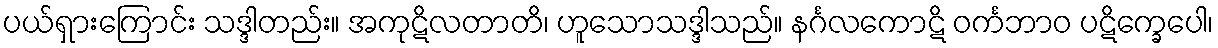
ပယ်ရှားကြောင်း သဒ္ဒါတည်း။ အကုဋိလတာတိ၊ ဟူသောသဒ္ဒါသည်။ နင်္ဂလကောဋိ ဝင်္ကဘာဝ ပဋိက္ခေပေါ၊